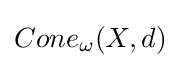
Cone_{\omega }(X,d)